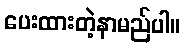
ပေးထားတဲ့နာမည်ပါ။